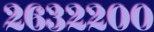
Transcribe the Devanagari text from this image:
२६३२२००